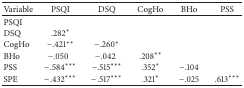
<table><thead><tr><td><b>Variable</b></td><td><b> PSQI</b></td><td><b> DSQ</b></td><td><b>CogHo</b></td><td><b> BHo</b></td><td><b> PSS</b></td></tr></thead><tbody><tr><td>PSQI</td><td> </td><td> </td><td> </td><td> </td><td> </td></tr><tr><td>DSQ</td><td> .282*</td><td> </td><td> </td><td> </td><td> </td></tr><tr><td>CogHo</td><td>−.421**</td><td>−.260*</td><td> </td><td> </td><td> </td></tr><tr><td>BHo</td><td> −.050</td><td>−.042</td><td>.208**</td><td> </td><td> </td></tr><tr><td>PSS</td><td>−.584***</td><td>−.515***</td><td>.352*</td><td>−.104</td><td> </td></tr><tr><td>SPE</td><td>−.432***</td><td>−.517***</td><td>.321*</td><td>−.025</td><td>.613***</td></tr></tbody></table>